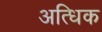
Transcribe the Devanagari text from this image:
अत्धिक